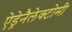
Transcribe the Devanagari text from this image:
ऐड्रेनैलेक्टोमी